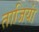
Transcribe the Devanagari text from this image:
ताजियां